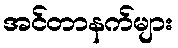
အင်တာနက်များ